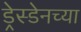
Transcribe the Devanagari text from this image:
ड्रेस्डेनच्या